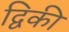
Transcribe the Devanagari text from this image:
द्विकी